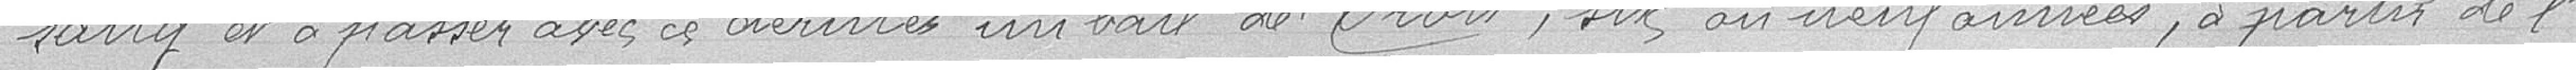
sang et à passer avec ces derniers un bail de trois, six ou neuf années, à partir de l'